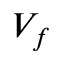
V _ { f }